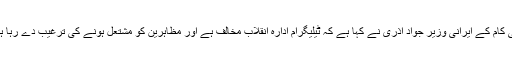
ٹیلی کام کے ایرانی وزیر جواد آذری نے کہا ہے کہ ٹیلیگرام ادارہ انقلاب مخالف ہے اور مظاہرین کو مشتعل ہونے کی ترغیب دے رہا ہے۔